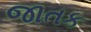
જાતક